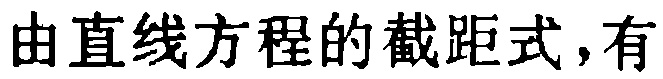
由直线方程的截距式，有